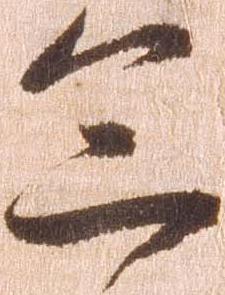
急